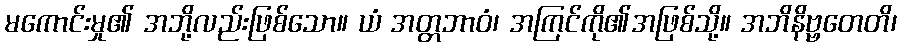
မကောင်းမှု၏ အဘို့လည်းဖြစ်သော။ ယံ အတ္တဘာဝံ၊ အကြင်ကို၏အဖြစ်သို့။ အဘိနိဗ္ဗတေတိ၊